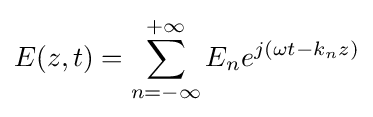
E(z,t)=\sum _{n=-\infty }^{+\infty }{E_{n}}e^{j({\omega }t-{k_{n}}z)}